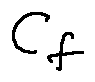
C f